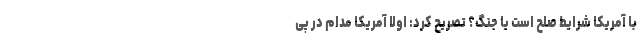
با آمریکا شرایط صلح است یا جنگ؟ تصریح کرد: اولا آمریکا مدام در پی